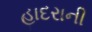
હાદરાની